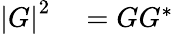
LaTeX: \begin{array}{rl}{\left\vert G\right\vert^{2}}&{{}=GG^{\ast}}\end{array}